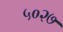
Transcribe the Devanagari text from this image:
५०२७